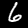
Label: 6